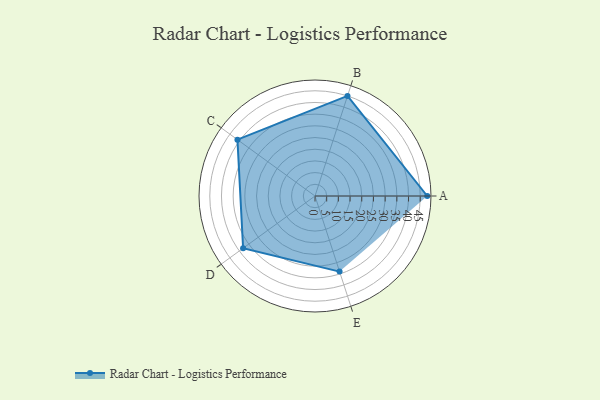
{"axis": {"x": "Skill", "y": "Score"}, "legend": ["Profile"], "data": [{"x": "A", "y": 48.0, "type": "Profile"}, {"x": "B", "y": 45.0, "type": "Profile"}, {"x": "C", "y": 41.0, "type": "Profile"}, {"x": "D", "y": 38.0, "type": "Profile"}, {"x": "E", "y": 34.0, "type": "Profile"}]}